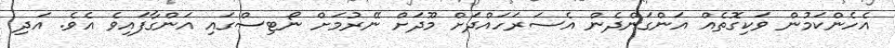
އެހެންކަމުން ވަކިގޮތެއް އަންގަންދެން އެސަރަހައްދަށް މޫދަށް ނޭރުމަށް ނޯޓިސްގައި އަންގާފައިވެ އެވެ. އަދި